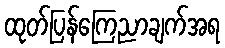
ထုတ်ပြန်ကြေညာချက်အရ